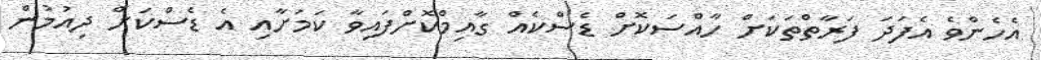
އެހެންވެ އެފަދަ ފަރާތްތަކަށް ހާއްސަކޮށް ޑެސްކެއް ގާއިމްކޮށްފައިވާ ކަމަށާއި އެ ޑެސްކަށް ދިއުމުން